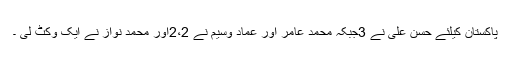
پاکستان کیلئے حسن علی نے 3جبکہ محمد عامر اور عماد وسیم نے 2،2اور محمد نواز نے ایک وکٹ لی ۔